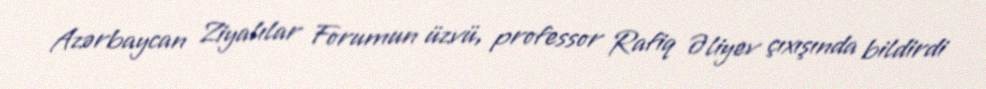
Azərbaycan Ziyalılar Forumun üzvü, professor Rafiq Əliyev çıxışında bildirdi